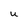
Character: U